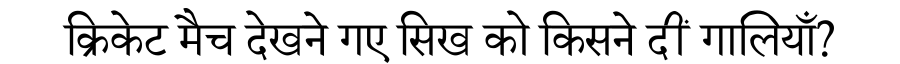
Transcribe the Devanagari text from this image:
क्रिकेट मैच देखने गए सिख को किसने दीं गालियाँ?